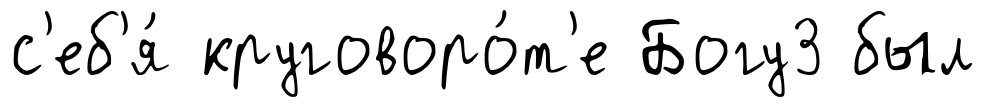
с'еб'я́ круговоро́т'е Богу3 был